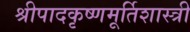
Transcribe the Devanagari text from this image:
श्रीपादकृष्णमूर्तिशास्त्री